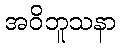
အဝိဘူသနာ